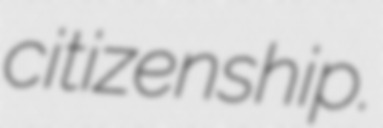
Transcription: citizenship.